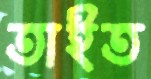
তাইত